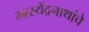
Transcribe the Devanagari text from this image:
मत्स्येंद्रनाथांचे